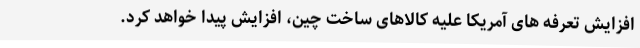
افزایش تعرفه های آمریکا علیه کالاهای ساخت چین، افزایش پیدا خواهد کرد.